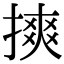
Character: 摤